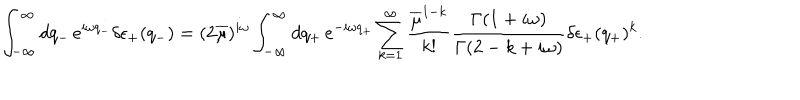
\int _ { - \infty } ^ { \infty } d q _ { - } \, e ^ { i \omega q _ { - } } \delta \epsilon _ { + } ( q _ { - } ) = ( 2 \overline { { \mu } } ) ^ { i \omega } \int _ { - \infty } ^ { \infty } d q _ { + } \, e ^ { - i \omega q _ { + } } \sum _ { k = 1 } ^ { \infty } \frac { \overline { { \mu } } ^ { 1 - k } } { k ! } \frac { \Gamma ( 1 + i \omega ) } { \Gamma ( 2 - k + i \omega ) } \delta \epsilon _ { + } ( q _ { + } ) ^ { k } .